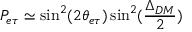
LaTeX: P _ { e \tau } \simeq \sin ^ { 2 } ( 2 \theta _ { e \tau } ) \sin ^ { 2 } ( \frac { \Delta _ { D M } } { 2 } )